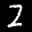
Label: 2